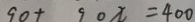
9 0 + 9 0 x = 4 0 0